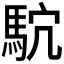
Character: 𱄗